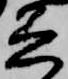
着